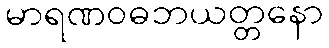
မာရဏဝဓဘယတ္တနော